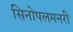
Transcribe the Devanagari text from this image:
सिनोपलमनरी